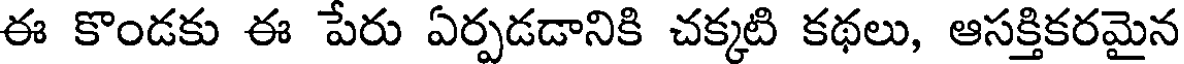
ఈ కొండకు ఈ పేరు ఏర్పడడానికి చక్కటి కథలు, ఆసక్తికరమైన